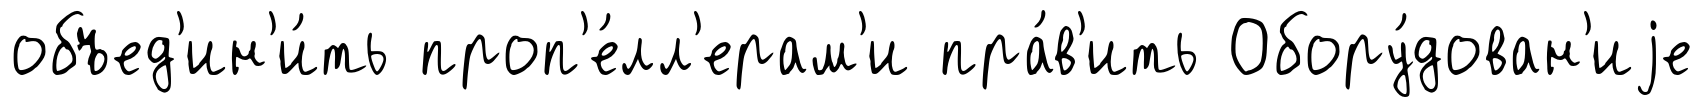
объед'ин'и́ть проп'е́лл'ерам'и пра́в'ить Обору́дован'иjе